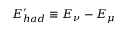
E _ { h a d } ^ { \prime } \equiv E _ { \nu } - E _ { \mu }